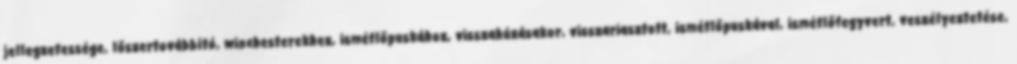
jellegzetessége, lőszertovábbító, winchesterekhez, ismétlőpuskához, visszahúzásakor, visszariasztott, ismétlőpuskával, ismétlőfegyvert, veszélyeztetése,